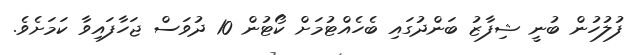
ފުލުހުން ބުނީ ޝިފާޒު ބަންދުގައި ބެހެއްޓުމަށް ކޯޓުން 10 ދުވަސް ޖަހާފައިވާ ކަމަށެވެ.